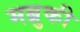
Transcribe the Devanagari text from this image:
मब्रुकी